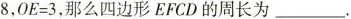
8，$$O E = 3$$，那么四边形EFCD的周长为___.